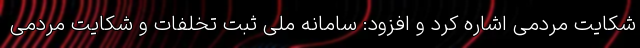
شکایت مردمی اشاره کرد و افزود: سامانه ملی ثبت تخلفات و شکایت مردمی